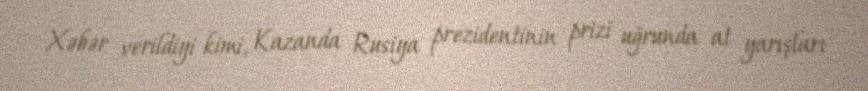
Xəbər verildiyi kimi, Kazanda Rusiya prezidentinin prizi uğrunda at yarışları